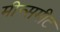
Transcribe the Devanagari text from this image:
मीन्समीट